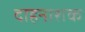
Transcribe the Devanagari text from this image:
दाहनाशक